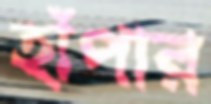
হাঁপার